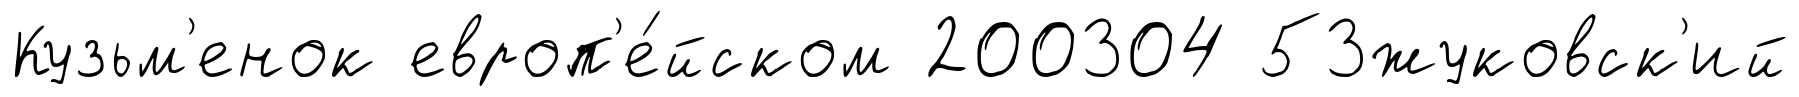
Кузьм'енок европ'е́йском 200304 53жуковск'ий